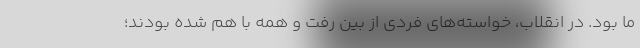
ما بود. در انقلاب، خواسته‌های فردی از بین رفت و همه با هم شده بودند؛